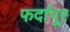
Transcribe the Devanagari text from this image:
फर्दापूर